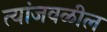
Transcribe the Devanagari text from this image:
त्यांजवळील